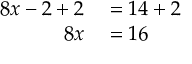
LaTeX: \begin{array} { r l } { 8 x - 2 + 2 } & { { } = 1 4 + 2 } \\ { 8 x } & { { } = 1 6 } \end{array}